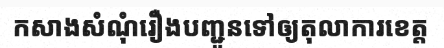
កសាងសំណុំរឿងបញ្ជូនទៅឲ្យតុលាការខេត្ត